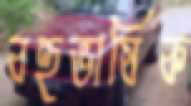
বহুভাষিক